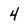
Character: 4